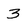
Character: 3